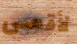
لأقصى